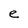
Character: e